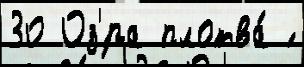
30 Оз'́ра плотва́ ́